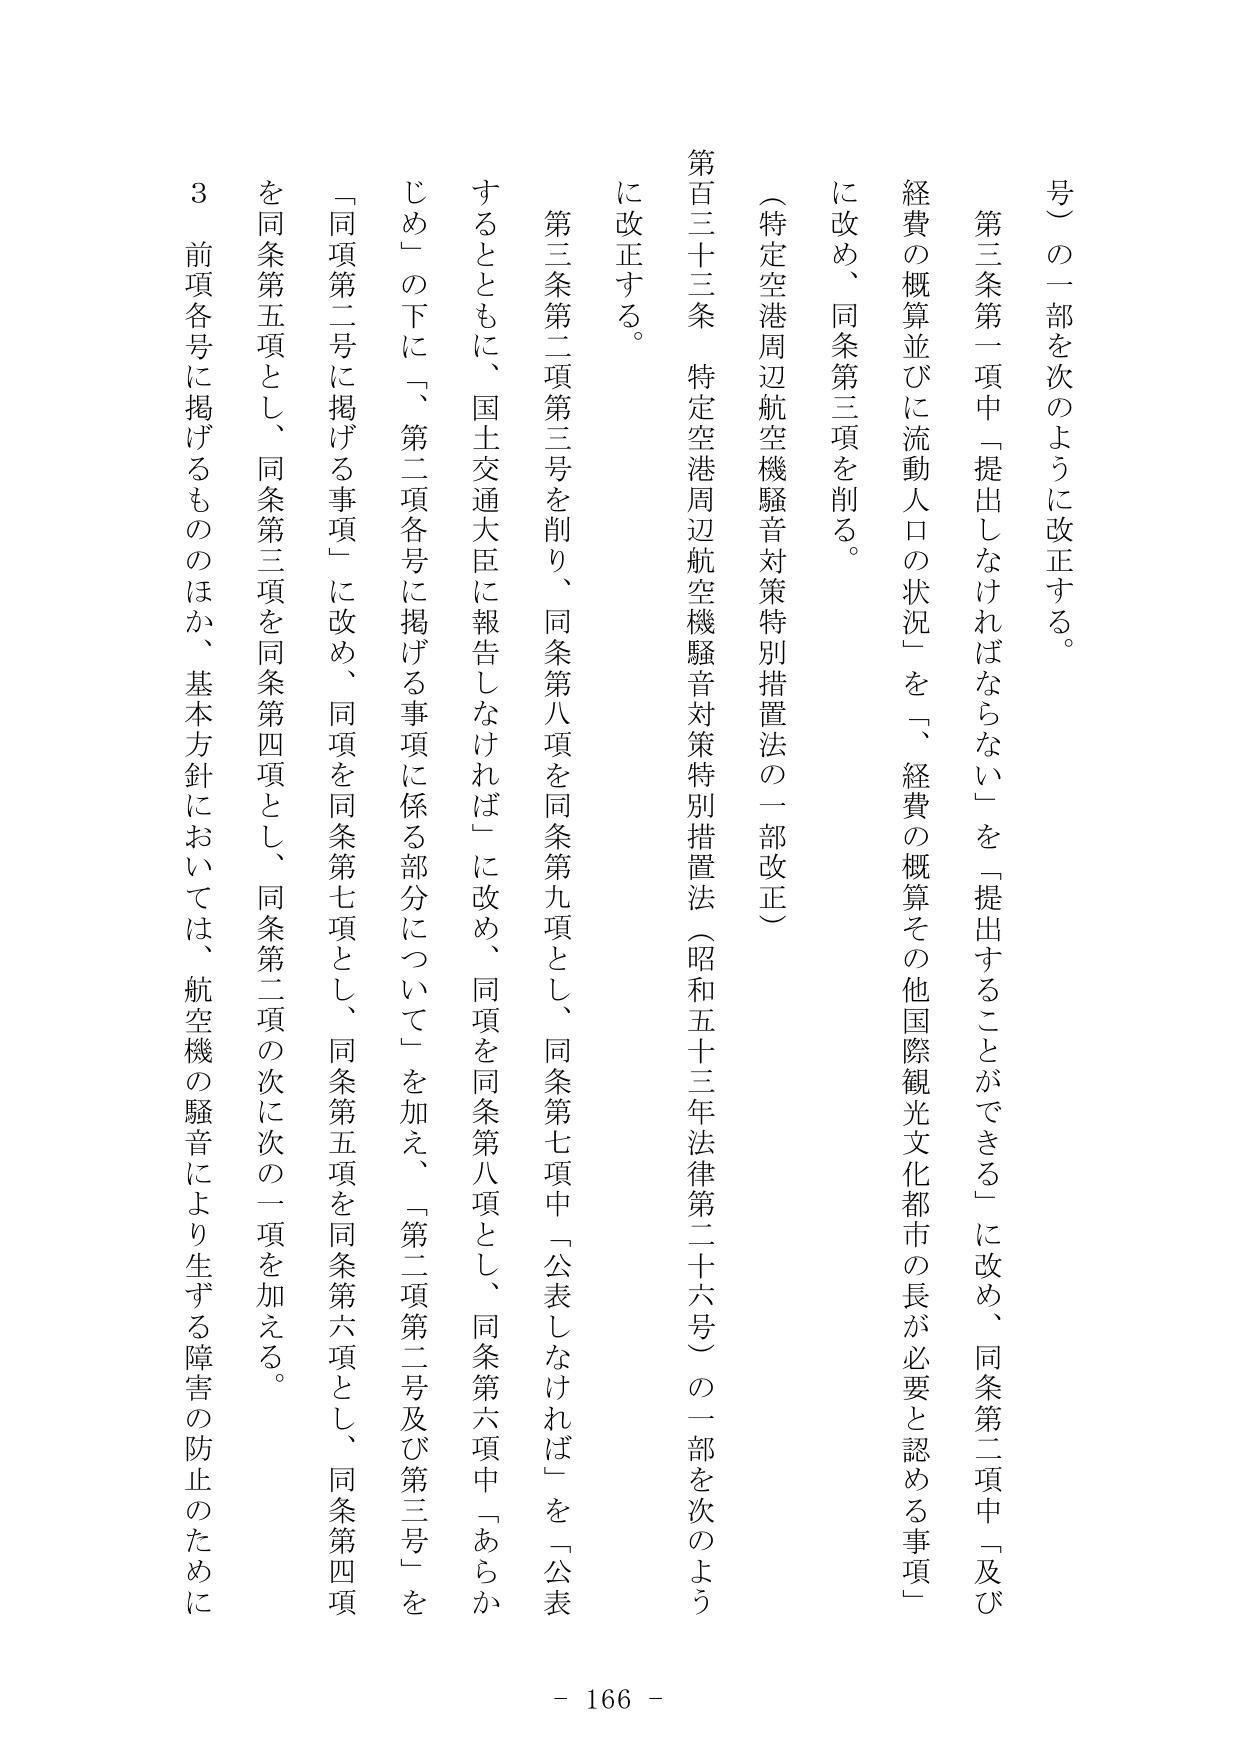
号）の一部を次のように改正する。

第三条第一項中「提出しなければならない」を「提出することができる」に改め、同条第二項中「及び経費の概算並びに流動人口の状況」を「経費の概算その他国際観光文化都市の長が必要と認める事項」に改め、同条第三項を削る。

（特定空港周辺航空機騒音対策特別措置法の一部改正）

第百三十三条　特定空港周辺航空機騒音対策特別措置法（昭和五十三年法律第二十六号）の一部を次のように改正する。

第三条第二項第三号を削り、同条第八項を同条第九項とし、同条第七項中「公表しなければ」を「公表するとともに、国土交通大臣に報告しなければ」に改め、同項を同条第八項とし、同条第六項中「あらかじめ」の下に「、第二項各号に掲げる事項に係る部分について」を加え、「第二項第二号及び第三号」を「同項第二号に掲げる事項」に改め、同項を同条第七項とし、同条第五項を同条第六項とし、同条第四項を同条第五項とし、同条第三項を同条第四項とし、同条第二項の次に次の一項を加える。

　３　前項各号に掲げるもののほか、基本方針においては、航空機の騒音により生ずる障害の防止のために

- 166 -